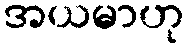
အယမာဟု